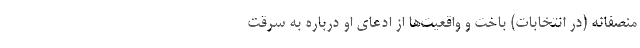
منصفانه (در انتخابات) باخت و واقعیت‌ها از ادعای او درباره به سرقت